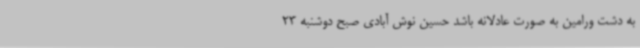
به دشت ورامین به صورت عادلانه باشد ‌حسین نوش آبادی صبح دوشنبه 23